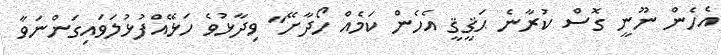
އެހެން ނޫނީ ގޮސް ކުރާނެ ޙަޤީޤީ އެހެން ކަމެއް ހޯދާށޭ'' ވިދާޅުވެ ހަޅޭއްފުޅުލަވައިގަންނަވާ